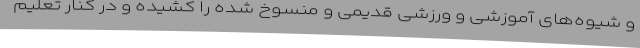
و شیوه‌های آموزشی و ورزشی قدیمی و منسوخ شده را کشیده و در کنار تعلیم